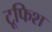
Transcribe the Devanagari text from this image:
टूफिश